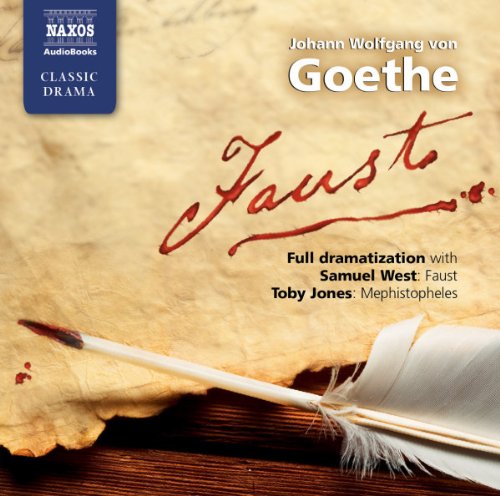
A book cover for Faust (Classic Drama); Johann Wolfgang von Goethe; Humor & Entertainment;